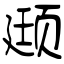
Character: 颋